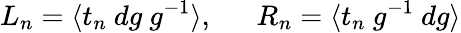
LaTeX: L_{n}=\langle t_{n}~dg~g^{-1}\rangle,~~~~~~R_{n}=\langle t_{n}~g^{-1}~dg\rangle